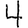
Digit: 4